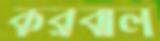
করবাল